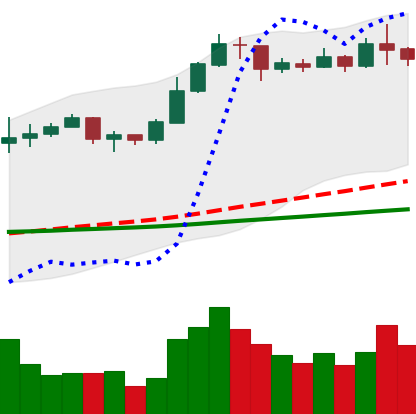
Ticker: ETC-USD
Chart end date: 2020-02-07
Forward return: 4.615%
Label: up_3_5